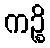
ကဉ္စိ